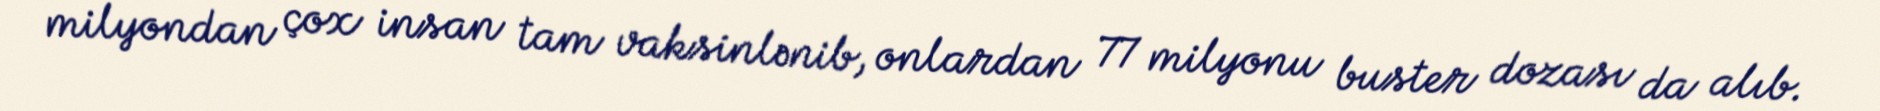
milyondan çox insan tam vaksinlənib, onlardan 77 milyonu buster dozası da alıb.